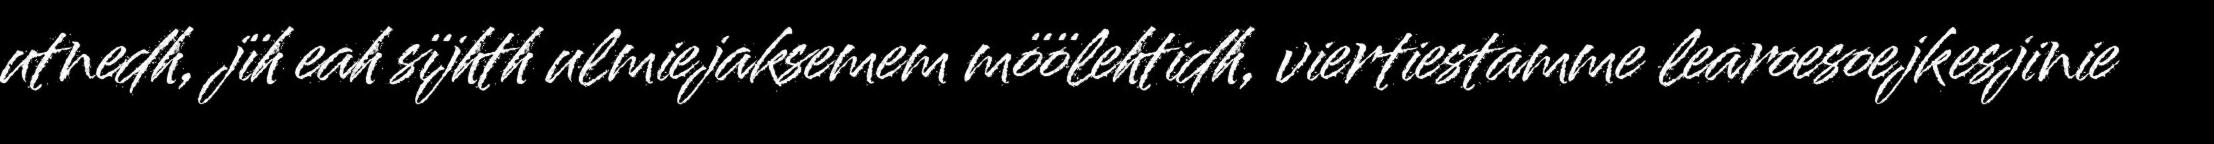
utnedh, jïh eah sïjhth ulmiejaksemem möölehtidh, viertiestamme learoesoejkesjinie